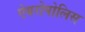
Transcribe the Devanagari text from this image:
ऐयरोपोलिस